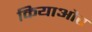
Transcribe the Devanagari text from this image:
कियाऔर